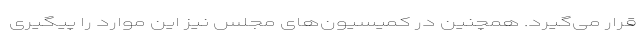
قرار می‌گیرد. همچنین در کمیسیون‌های مجلس نیز این موارد را پیگیری